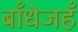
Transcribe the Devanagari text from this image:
बाँधेजहँ